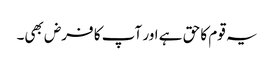
یہ قوم کا حق ہے اور آپ کا فرض بھی۔